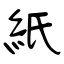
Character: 紙